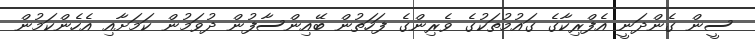
ސީން ގެންދަނީ އެފްރިކާގެ ގައުމުތަކުގެ ވެރިންގެ ފަހަތުން ބޭއިންސާފުން ދުވަމުން ކަމަށާއި އެހެންކަމުން